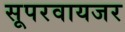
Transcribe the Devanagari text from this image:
सूपरवायजर